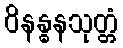
ဝိနန္ဓနသုတ္တံ